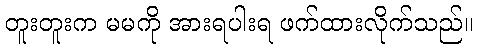
တူးတူးက မမကို အားရပါးရ ဖက်ထားလိုက်သည်။